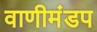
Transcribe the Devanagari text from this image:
वाणीमंडप